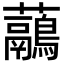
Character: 虉